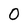
Character: O